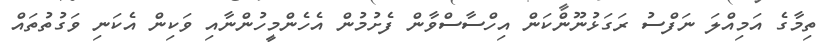
ތިމާގެ އަމިއްލަ ނަފްސު ރަގަޅުނޫންކަން އިހްސާސްވާން ފެށުމުން އެހެންމީހުންނާއި ވަކިން އެކަނި ވަގުތުތައް